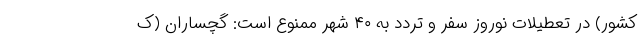
کشور) در تعطیلات نوروز سفر و تردد به ۴۰ شهر ممنوع است: گچساران (ک